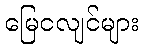
မြေငလျင်များ